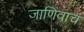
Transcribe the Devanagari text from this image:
जाणिवाच